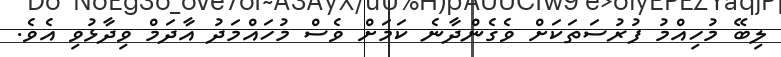
ލިބޭ މުހިއްމު ފުރުސަތަކަށް ވެގެންދާނެ ކަމަށް ވެސް މުހައްމަދު އާދަމް ވިދާޅުވި އެވެ.